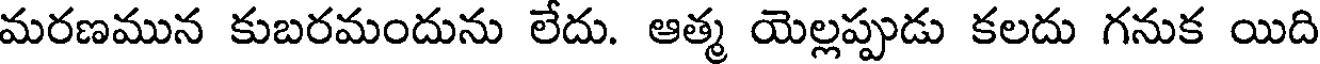
మరణమున కుబరమందును లేదు. ఆత్మ యెల్లప్పుడు కలదు గనుక యిది